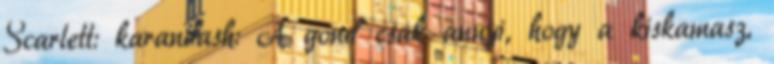
Scarlett: karandash: A gond csak annyi, hogy a kiskamasz,